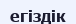
егіздік